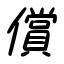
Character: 償